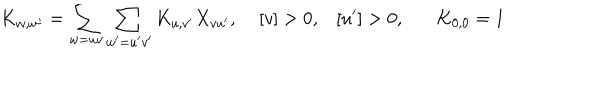
LaTeX: K _ { w , w ^ { \prime } } = \sum _ { w = u v } \sum _ { w ^ { \prime } = u ^ { \prime } v ^ { \prime } } K _ { u , v ^ { \prime } } X _ { v u ^ { \prime } } , \; [ v ] > 0 , [ u ^ { \prime } ] > 0 , K _ { 0 , 0 } = 1